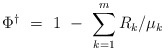
\begin{align*}\Phi^\dagger\ =\ 1\ -\ \sum_{k=1}^m R_k/\mu_k\end{align*}